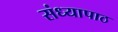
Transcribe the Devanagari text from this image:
संध्यापाठ